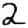
Digit: 2